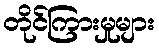
တိုင်ကြားမှုများ